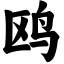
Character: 鸥